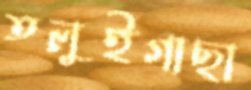
তলুইগাছা